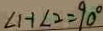
\angle H - 1 \angle 2 = 9 0 ^ { \circ }